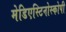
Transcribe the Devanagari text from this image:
मेडिएस्टिनोस्कोपी